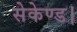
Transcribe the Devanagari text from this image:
सेकेण्ड।